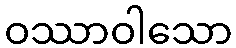
ဝဿာဝါသော